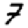
Digit: 7